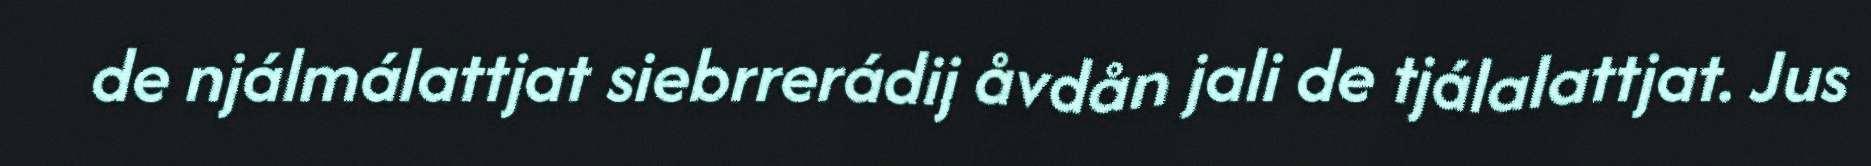
de njálmálattjat siebrrerádij åvdån jali de tjálalattjat. Jus